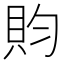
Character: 䝧